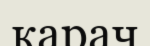
карач